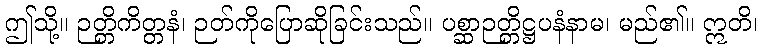
ဤသို့။ ဉတ္တိကိတ္တနံ၊ ဉတ်ကိုပြောဆိုခြင်းသည်။ ပစ္ဆာဉတ္တိဋ္ဌပနံနာမ၊ မည်၏။ ဣတိ၊